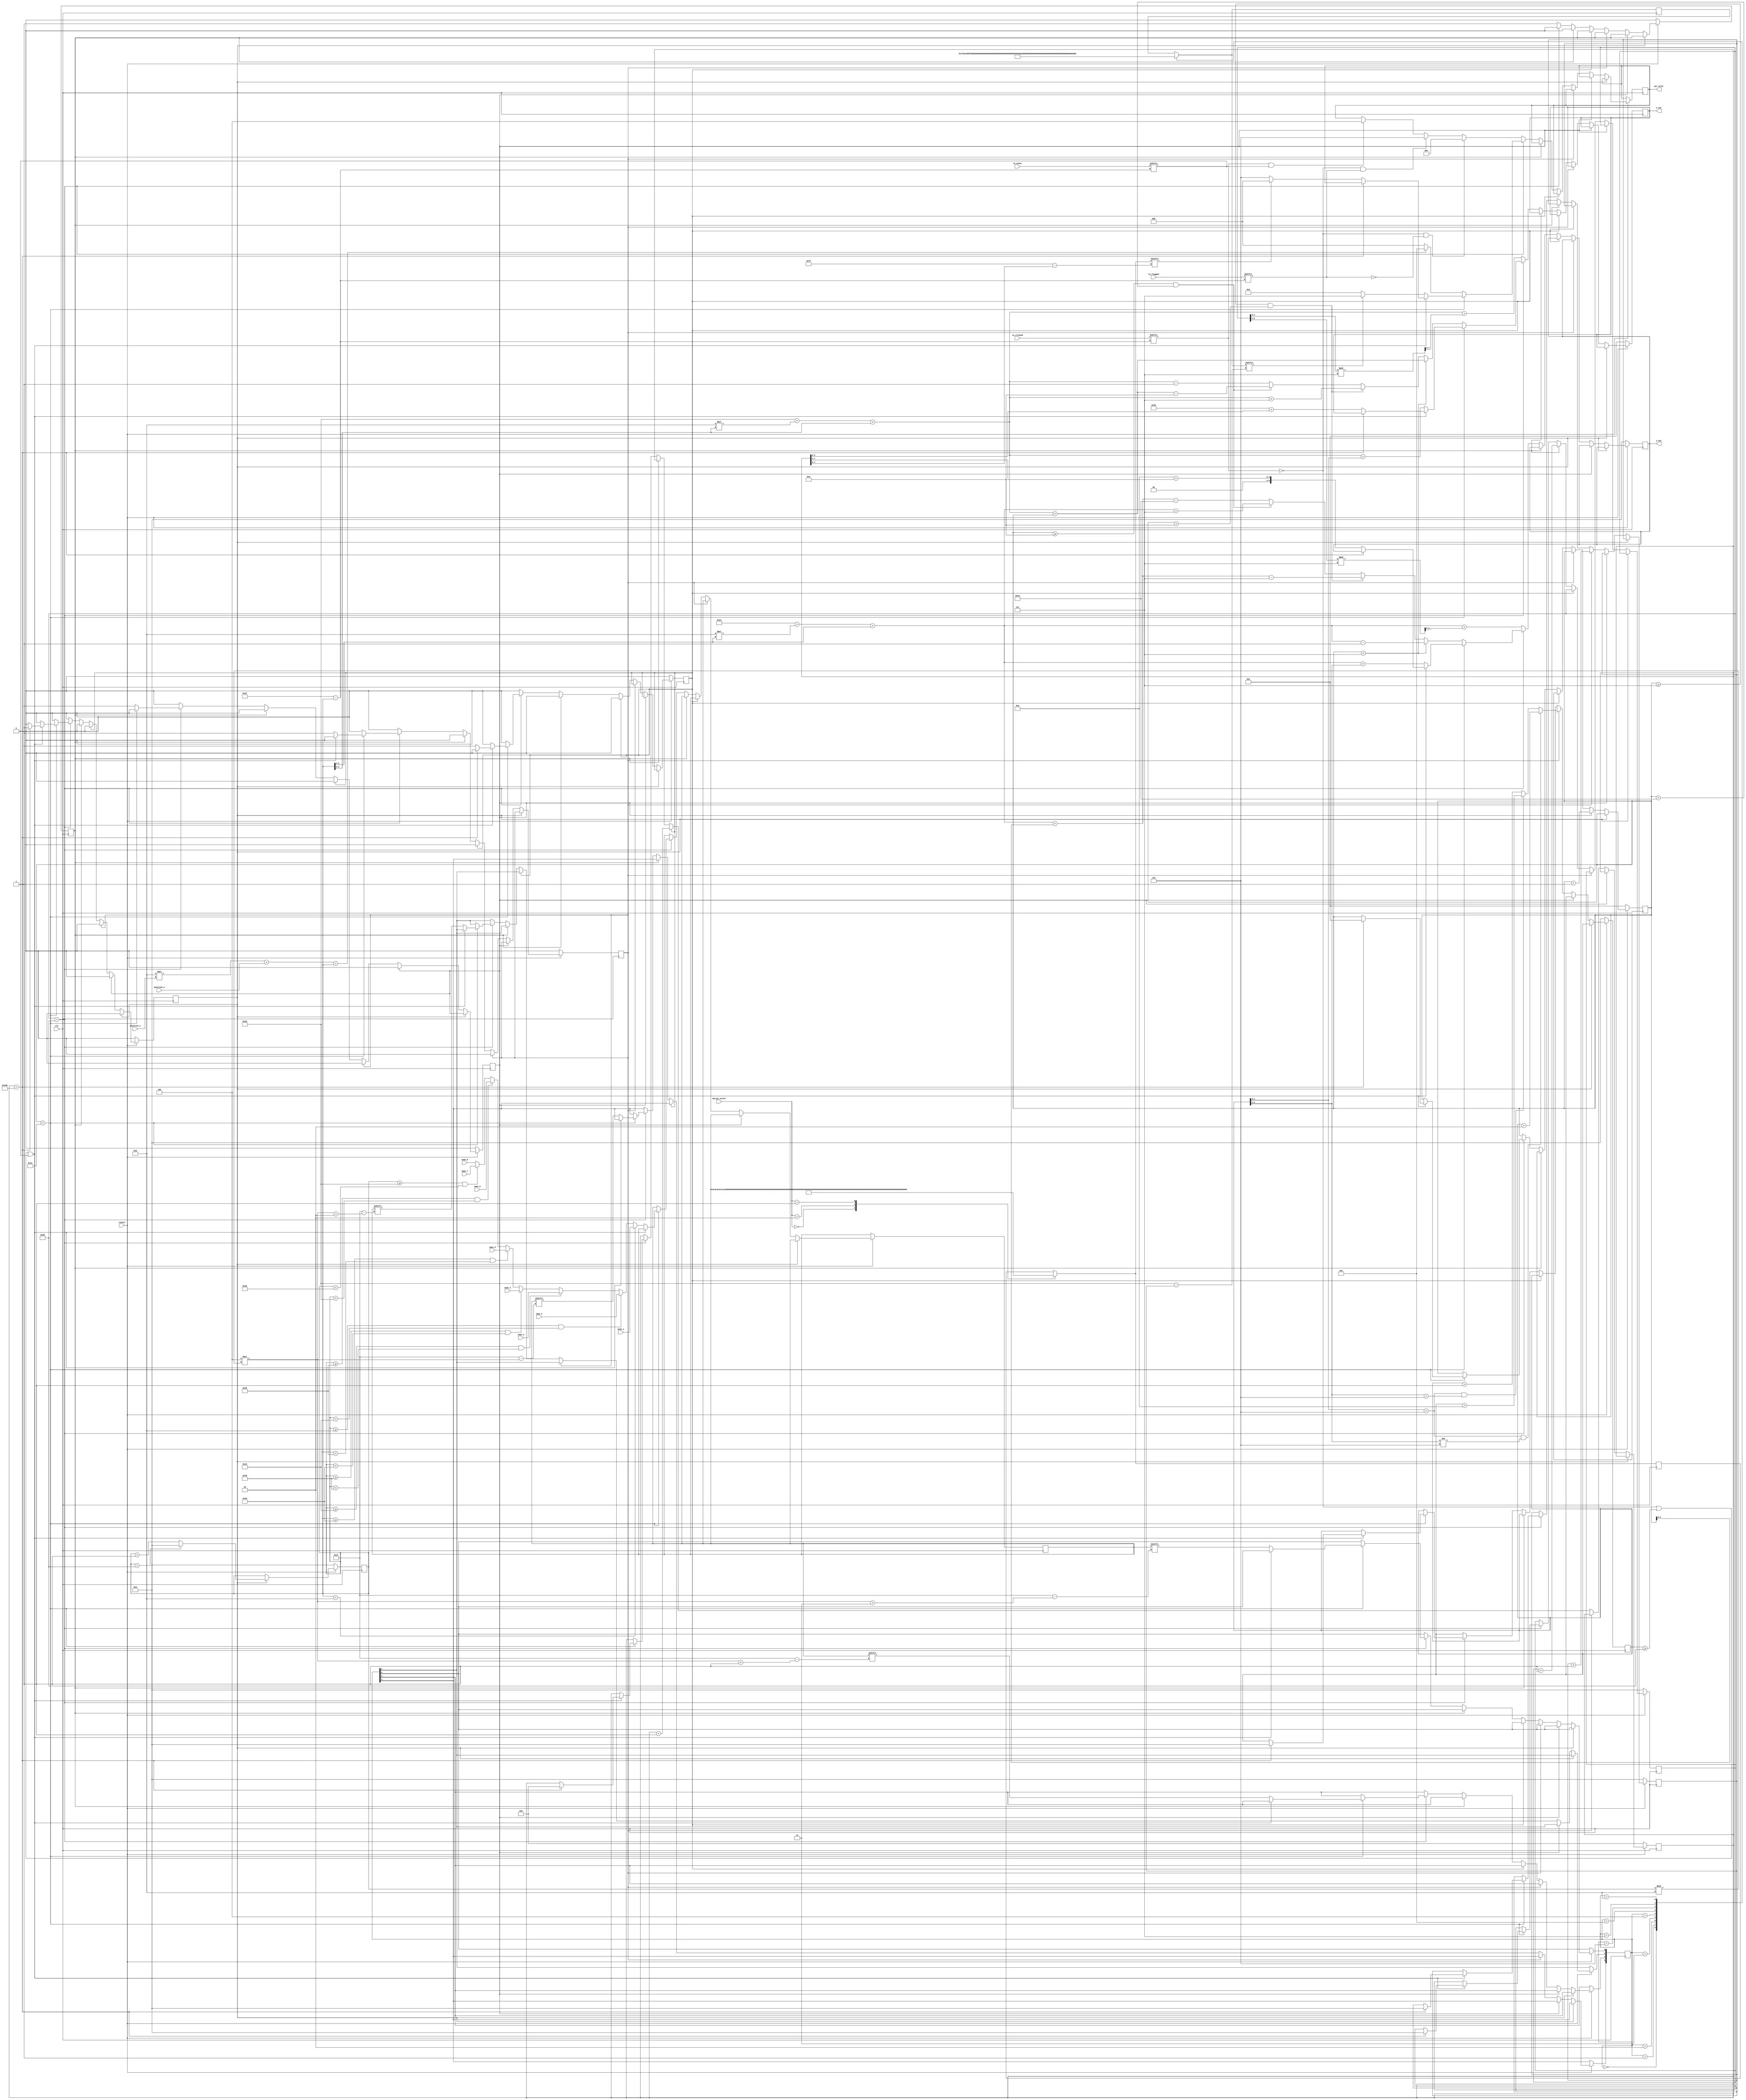
module ms_datapath(
    input clk,
    input resetn,
    input [0:63] in_mines,
    input [0:63] in_clicked,
    input [0:63] in_flagged,
    input [0:31] nums_1,
    input [0:31] nums_2, 
    input [0:31] nums_3,
    input [0:31] nums_4, 
    input [0:31] nums_5, 
    input [0:31] nums_6, 
    input [0:31] nums_7,
    input [0:31] nums_8,
    input [1:0] smiley_select,
    input [2:0] position_x,
    input [2:0] position_y,
    output reg [2:0] out_color,
    output reg [7:0] x_out,
    output reg [6:0] y_out
    );

    reg [7:0] outline_counter;
    reg [8:0] smiley_counter;
    reg [6:0] block_counter, pixel_counter, digit_display_counter, digital_display_selector;

    reg [0:3] digit_select;
    reg [0:48] digit_display;

    reg [0:255] smiley_display;

    reg [0:31] current_mines_selected;
	 
	 reg outline_counter_increment, smiley_counter_increment, pixel_counter_increment, digit_display_counter_increment, block_counter_increment;
	 
    initial
    begin
        pixel_counter = 0;
        outline_counter = 0;
        digit_display_counter = 0;
        smiley_counter = 0;
        block_counter = 0;
        digit_select = 0;
        digit_display = 0;
        smiley_display = 0;
        current_mines_selected =  0;
		  
		  block_counter_increment = 0;
		  outline_counter_increment = 0;
	  	  digit_display_counter_increment = 0;
		  smiley_counter_increment = 0;
    end
    always @(posedge clk)
    begin
		
		case (smiley_select)
        2'b00: begin //in-game :|
            smiley_display = 256'b0000000000000000000000000000000000111100001111000011110000111100001111000011110000000000000000000000000000000000000000000000000000000000000000000000000000000000000000000000000000111111111111000011111111111100000000000000000000000000000000000000000000000000;

            //0000000000000000
            //0000000000000000
            //0011110000111100
            //0011110000111100
            //0011110000111100
            //0000000000000000
            //0000000000000000
            //0000000000000000
            //0000000000000000
            //0000000000000000
            //0000000000000000
            //0011111111111100
            //0011111111111100
            //0000000000000000
            //0000000000000000
            //0000000000000000
        end
        2'b10: begin //game won :)
            smiley_display = 256'b0000000000000000000000000000000000111100001111000011110000111100001111000011110000000000000000000000000000000000000000000000000000000000000000000011000000001100000110000001100000001100001100000000011111100000000000000000000000000000000000000000000000000000;
           
            //0000000000000000
            //0000000000000000
            //0011110000111100
            //0011110000111100
            //0011110000111100
            //0000000000000000
            //0000000000000000
            //0000000000000000
            //0000000000000000
            //0011000000001100
            //0001100000011000
            //0000110000110000
            //0000011111100000
            //0000000000000000
            //0000000000000000
            //0000000000000000
        end
        2'b01: begin //game lost :(
            smiley_display = 256'b0000000000000000000000000000000000111100001111000011110000111100001111000011110000000000000000000000000000000000000000000000000000000000000000000000011111100000000011000011000000011000000110000011000000001100000000000000000000000000000000000000000000000000;
           
            //0000000000000000
            //0000000000000000
            //0011110000111100
            //0011110000111100
            //0011110000111100
            //0000000000000000
            //0000000000000000
            //0000000000000000
            //0000000000000000
            //0000011111100000
            //0000110000110000
            //0001100000011000
            //0011000000001100
            //0000000000000000
            //0000000000000000
            //0000000000000000 
        end
      endcase
		
		case (digit_select)
            4'b0000: begin //0
                digit_display = 49'b0000000011111001000100100010010001001111100000000;
                //0000000011111001000100100010010001001111100000000
                end
            4'b0001: begin //1
                digit_display = 49'b0000000000100000010000001000000100000010000000000;
                //0000000000100000010000001000000100000010000000000
                end
            4'b0010: begin //2
                digit_display = 49'b0000000011111000000100111110010000001111100000000;
                //0000000011111000000100111110010000001111100000000
                end
            4'b0011: begin //3
                digit_display = 49'b0000000011111000000100111110000001001111100000000;
                //0000000011111000000100111110000001001111100000000
                end
            4'b0100: begin //4
                digit_display = 49'b0000000010001001000100111110000001000000100000000;
                //0000000010001001000100111110000001000000100000000
                end
            4'b0101: begin //5
                digit_display = 49'b0000000011111001000000111110000001001111100000000;
                //0000000011111001000000111110000001001111100000000
                end
            4'b0110: begin //6
                digit_display = 49'b0000000011111001000000111110010001001111100000000;
                //0000000011111001000000111110010001001111100000000
                end
            4'b0111: begin //7
                digit_display = 49'b0000000011111000000100000010000001000000100000000;
                //0000000011111000000100000010000001000000100000000
                end
            4'b1000: begin //8
                digit_display = 49'b0000000011111001000100111110010001001111100000000;
                //0000000
					 //0111110
					 //0100010
					 //0111110
					 //0100010
					 //0111110
					 //0000000
                end                               
        endcase
	 
        if(!resetn) begin
            pixel_counter <= 0;
            y_out <= 7'b0000000;
            x_out <= 8'b00000000;
            block_counter <= 0;
            outline_counter <= 0;
            digit_display_counter <= 0;
				digital_display_selector <= 0;
            smiley_counter <= 0;
				
				block_counter_increment <= 0;
				outline_counter_increment <= 0;
				digit_display_counter_increment <= 0;
				smiley_counter_increment <= 0;
				pixel_counter_increment <= 0;
        end
		  
		  else if (block_counter_increment) begin
				if (block_counter == 64) begin
					block_counter <= 0;
					block_counter_increment <= 0;
				end else begin
					block_counter <= block_counter + 1;
					block_counter_increment <= 0;
				end
				
		  end else if (outline_counter_increment) begin
				outline_counter <= outline_counter + 1;
				outline_counter_increment <= 0;
				
	     end else if (digit_display_counter_increment) begin
				if (digit_display_counter[2:0]==6 & digit_display_counter[5:3]!=6) begin
					digit_display_counter <= digit_display_counter + 2;
					digital_display_selector <= digital_display_selector + 1;
					digit_display_counter_increment <= 0;
				end else if (digit_display_counter[2:0]==6 & digit_display_counter[5:3]==6) begin
					digit_display_counter <= digit_display_counter + 10;
					digital_display_selector <= digital_display_selector + 1;
					digit_display_counter_increment <= 0;
				end else begin
					digit_display_counter <= digit_display_counter + 1;
					digital_display_selector <= digital_display_selector + 1;
					digit_display_counter_increment <= 0;
				end
				
		  end else if (smiley_counter_increment) begin
				smiley_counter <= smiley_counter + 1;
				smiley_counter_increment <= 0;
				
		  end else if (pixel_counter_increment) begin
				pixel_counter <= pixel_counter + 1;
				pixel_counter_increment <= 0;
				
        end else begin
            if(pixel_counter == 64) begin
                if(outline_counter == 28) begin
                    if(!in_clicked[block_counter] | digit_display_counter >= 64 | in_mines[block_counter]) begin
                        if(smiley_counter == 256) begin
                            block_counter_increment <= 1;
                            pixel_counter <= 0;
                            outline_counter <= 0;
                            digit_display_counter <= 0;
									 digital_display_selector <= 0;
                            smiley_counter <= 0;
                        end
                        else begin
                            if(smiley_display[smiley_counter[7:0]]) begin
                                out_color <= 3'b000;
                            end else begin
										  out_color <= 3'b110;
									 end
                            x_out <= 75 + smiley_counter[3:0];
                            y_out <= 10 + smiley_counter[7:4];
                            smiley_counter_increment <= 1;
                        end
                    end
                    else begin // digit display
                        if(block_counter < 8) begin
                            current_mines_selected <= nums_1;
                        end
                        else if(block_counter >= 8 & block_counter < 16) begin
                            current_mines_selected <= nums_2;
                        end
                        else if(block_counter >= 16 & block_counter < 24) begin
                            current_mines_selected <= nums_3;
                        end
                        else if(block_counter >= 24 & block_counter < 32) begin
                            current_mines_selected <= nums_4;
                        end
                        else if(block_counter >= 32 & block_counter < 40) begin
                            current_mines_selected <= nums_5;
                        end
                        else if(block_counter >= 40 & block_counter < 48) begin
                            current_mines_selected <= nums_6;
                        end
                        else if(block_counter >= 48 & block_counter < 56) begin
                            current_mines_selected <= nums_7;
                        end
                        else begin
                            current_mines_selected <= nums_8;
                        end
                        //if(digit_display[7*digit_display_counter[5:3]%7 + digit_display_counter[2:0]%7]) begin
								if(digit_display[digital_display_selector]) begin
                            out_color <= 3'b111;
                        end else begin
									 out_color <= 3'b010;
								end
                        digit_select[0] <= current_mines_selected[4*(block_counter%8)];
                        digit_select[1] <= current_mines_selected[4*(block_counter%8)+1];
                        digit_select[2] <= current_mines_selected[4*(block_counter%8)+2];
                        digit_select[3] <= current_mines_selected[4*(block_counter%8)+3];
                        x_out <= 48 + 8*(block_counter[2:0]) + block_counter[2:0] + digit_display_counter[2:0];
                        y_out <= 35 + 8*(block_counter[5:3]) + block_counter[5:3] + digit_display_counter[5:3];
                        digit_display_counter_increment <= 1;
                    end
                end
                else begin
                    out_color <= 3'b000;
                    if(8*position_y + position_x == block_counter) begin
                        out_color <= 3'b101;
                    end
                    if(outline_counter < 7) begin
                        x_out <= 48 + 8*(block_counter[2:0]) + block_counter[2:0] + outline_counter;//
                        y_out <= 35 + 8*(block_counter[5:3]) + block_counter[5:3] - 1;
                    end
                    else if(outline_counter >= 7 & outline_counter < 14) begin
                        x_out <= 48 + 8*(block_counter[2:0]) + block_counter[2:0] + 7;
                        y_out <= 35 + 8*(block_counter[5:3]) + block_counter[5:3] + outline_counter-7;
                    end
                    else if(outline_counter >= 14 & outline_counter < 21) begin
                        x_out <= 48 + 8*(block_counter[2:0]) + block_counter[2:0] + outline_counter-14;
                        y_out <= 35 + 8*(block_counter[5:3]) + block_counter[5:3] + 7;
                    end
                    else begin
                        x_out <= 48 + 8*(block_counter[2:0]) + block_counter[2:0] - 1;
                        y_out <= 35 + 8*(block_counter[5:3]) + block_counter[5:3] + outline_counter - 21;
                    end
                    outline_counter_increment <= 1;
                end
            end                 
            else begin
                // default (BLUE)
                if(!in_clicked[block_counter] & !in_flagged[block_counter]) begin
                    out_color <= 3'b001;
                end
                // flag (YELLOW)
                else if(!in_clicked[block_counter] & in_flagged[block_counter]) begin
                    out_color <= 3'b110;
                end
					 
                // clean click (GREEN)
                //else if(in_clicked[block_counter] & !in_mines[block_counter]) begin
                //    out_color <= 3'b010;
                //end
					 
                // mine click (RED)
                else if (in_clicked[block_counter] & in_mines[block_counter]) begin
                    out_color <= 3'b100;
                end
                x_out <= 48 + 8*(block_counter[2:0]) + block_counter[2:0] + pixel_counter[2:0]%7;
                y_out <= 35 + 8*(block_counter[5:3]) + block_counter[5:3] + pixel_counter[5:3]%7;
                pixel_counter_increment <= 1;
            end
        end
    end   
   
endmodule